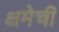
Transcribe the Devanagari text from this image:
क्षमेची